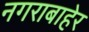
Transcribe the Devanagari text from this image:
नगराबाहेर